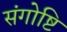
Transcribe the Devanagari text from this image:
संगोष्टि